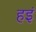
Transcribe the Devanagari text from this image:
हइं